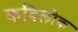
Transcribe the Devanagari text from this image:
कविलोक